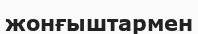
жонғыштармен